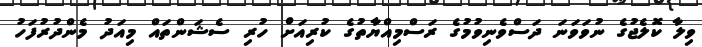
ވިލާ ކޮލެޖުގެ ނުވަވަނަ ދަސްވެނިވުމުގެ ރަސްމިއްޔާތުގެ ކުރިއަށް ހުރި ސެޝަންތައް މިއަދު މެންދުރުފަހު